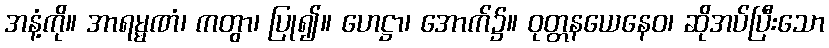
အနံ့ကို။ အာရမ္မဏံ၊ ကတွာ၊ ပြု၍။ ဟေဋ္ဌာ၊ အောက်၌။ ဝုတ္တနယေနေဝ၊ ဆိုအပ်ပြီးသော